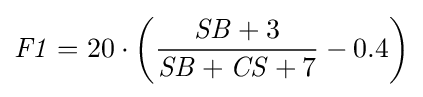
{\mathit {F1}}=20\cdot \left({{\mathit {SB}}+3 \over {\mathit {SB}}+{\mathit {CS}}+7}-0.4\right)